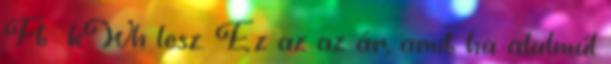
Ft kWh lesz. Ez az az ár, amit ha alulmúl